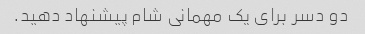
دو دسر برای یک مهمانی شام پیشنهاد دهید.